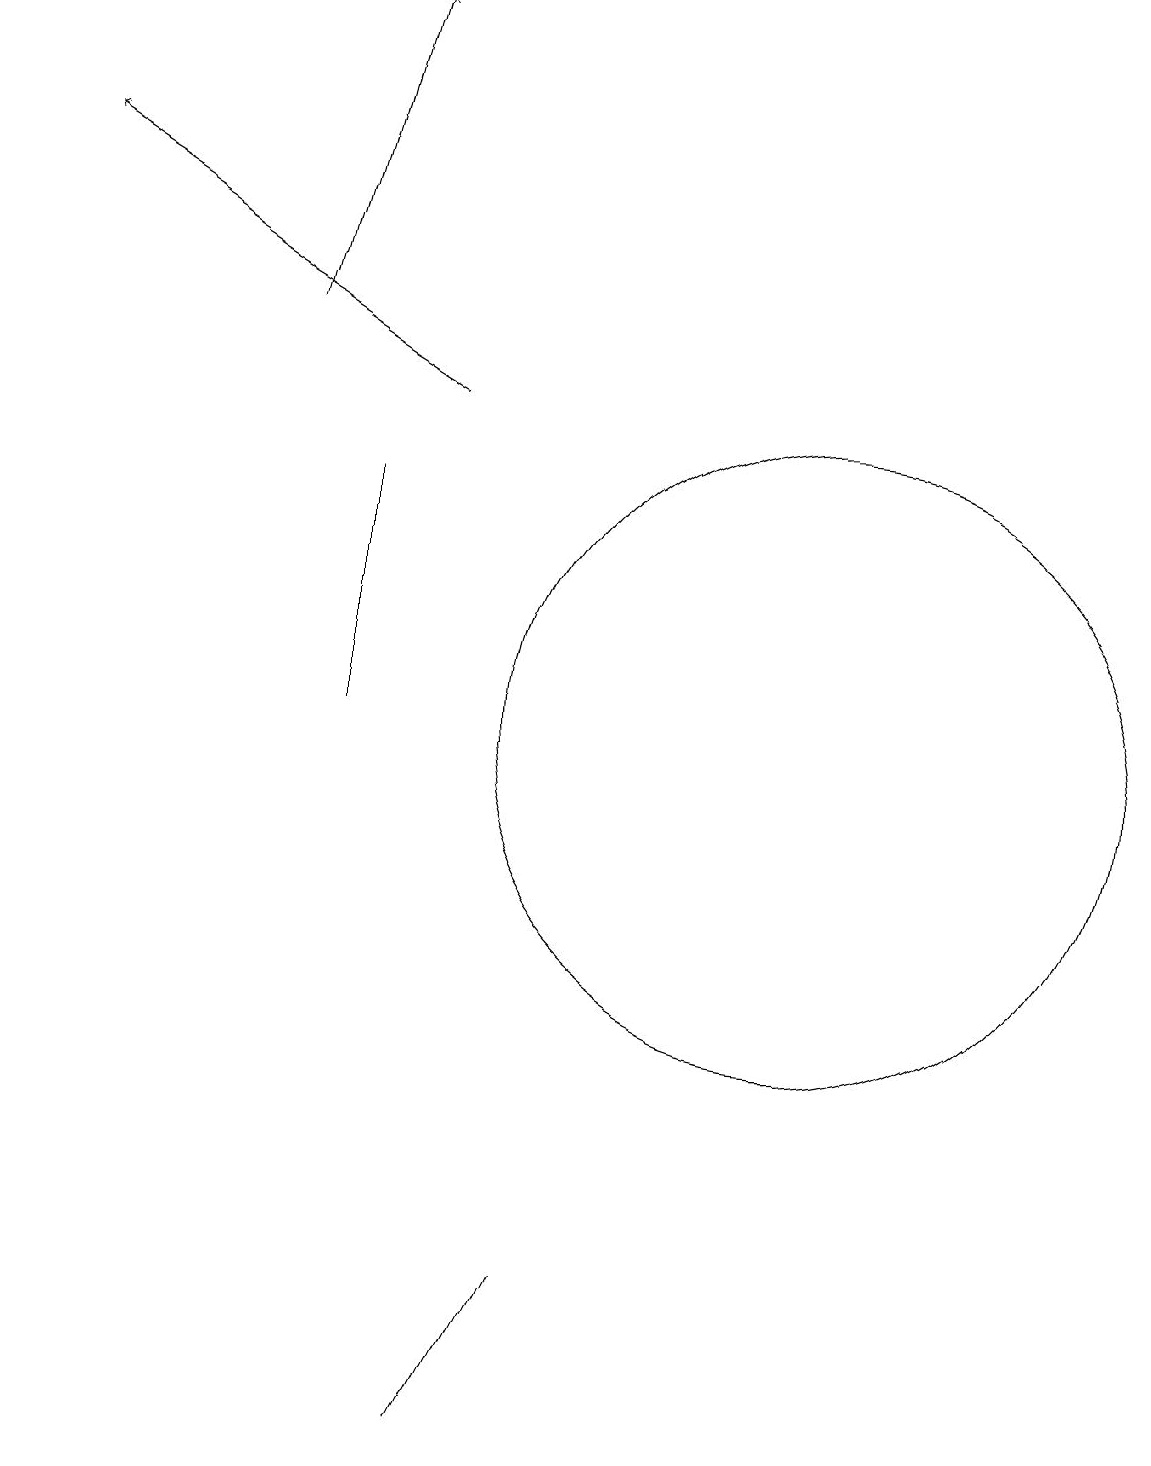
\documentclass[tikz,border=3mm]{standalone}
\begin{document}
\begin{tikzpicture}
\draw (7,3) -- (6,1) -- (7,3) -- cycle;
\draw[->] (5,14) -- (0,17);
\draw (10,10) circle (4);
\draw (4,10) rectangle (4,13);
\draw[->] (3,15) -- (4,19);
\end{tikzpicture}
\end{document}